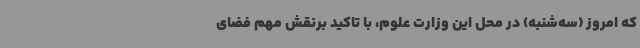
که امروز (سه‌شنبه) در محل این وزارت علوم، با تاکید برنقش مهم فضای